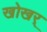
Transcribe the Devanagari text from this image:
खोखर्